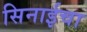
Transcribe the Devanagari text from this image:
सिनाईचा